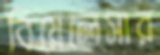
বিয়েলেসার